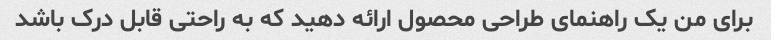
برای من یک راهنمای طراحی محصول ارائه دهید که به راحتی قابل درک باشد